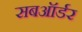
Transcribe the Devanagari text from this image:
सबऑर्डर